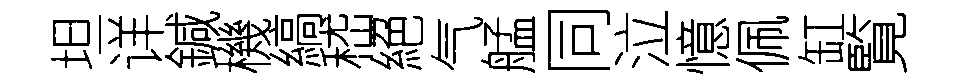
坦详鍼機縞嵇絕气艋同泣憶佩缸覧